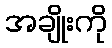
အချိုးကို